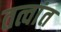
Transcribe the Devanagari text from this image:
तत्वांत